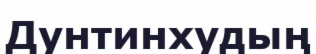
Дунтинхудың